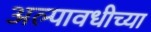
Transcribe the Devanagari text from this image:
अल्पावधीच्या